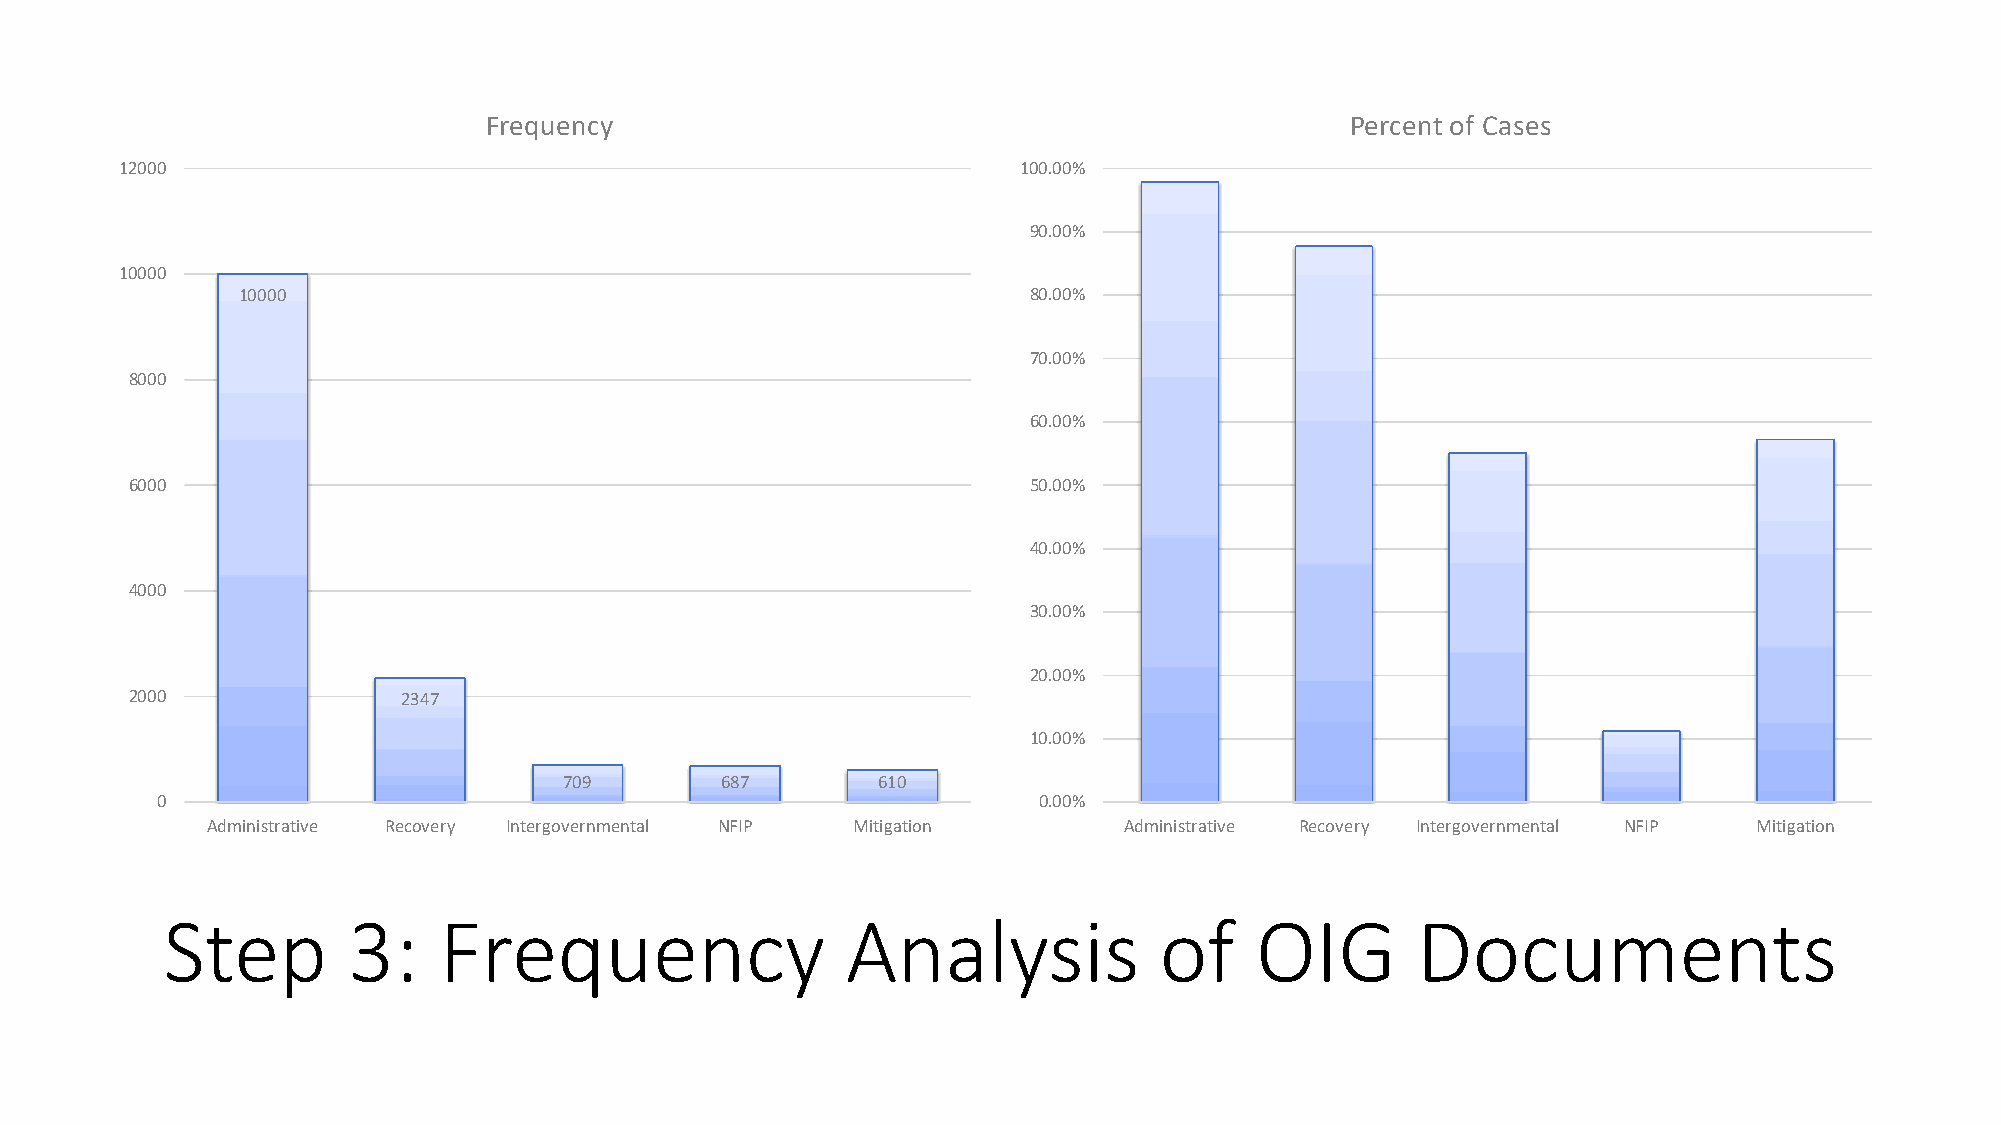
Frequency                                                Percent of Cases
 12000                                                      100.00%
 90.00%
 10000
 10000                                               80.00%
 70.00%
 8000
 60.00%
 6000                                                       50.00%
 40.00%
 4000
 30.00%
 20.00%
 2000              2347
 10.00%
 709        687       610
 0                                                          0.00%
 Administrative Recovery Intergovernmental NFIP Mitigation   Administrative Recovery Intergovernmental NFIP Mitigation
 Step        3:    Frequency                  Analysis             of    OIG        Documents